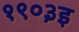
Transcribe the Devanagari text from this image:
१९०३इ